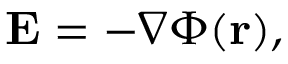
\mathbf { E } = - \nabla \Phi ( \mathbf { r } ) ,